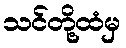
သင်တို့ထံမှ